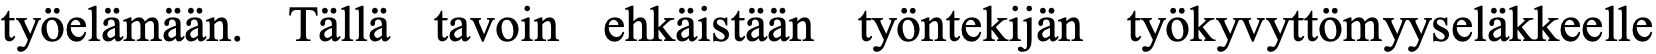
työelämään. Tällä tavoin ehkäistään työntekijän työkyvyttömyyseläkkeelle